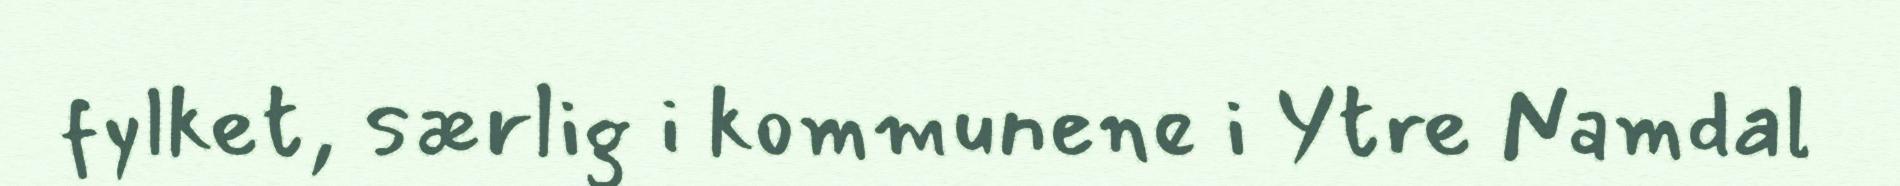
fylket, særlig i kommunene i Ytre Namdal